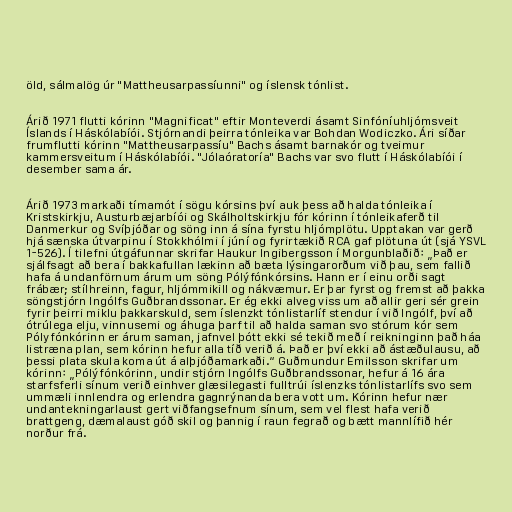
öld, sálmalög úr "Mattheusarpassíunni" og íslensk tónlist.

Árið 1971 flutti kórinn "Magnificat" eftir Monteverdi ásamt Sinfóníuhljómsveit
Íslands í Háskólabíói. Stjórnandi þeirra tónleika var Bohdan Wodiczko. Ári síðar
frumflutti kórinn "Mattheusarpassíu" Bachs ásamt barnakór og tveimur
kammersveitum í Háskólabíói. "Jólaóratoría" Bachs var svo flutt í Háskólabíói í
desember sama ár.

Árið 1973 markaði tímamót í sögu kórsins því auk þess að halda tónleika í
Kristskirkju, Austurbæjarbíói og Skálholtskirkju fór kórinn í tónleikaferð til
Danmerkur og Svíþjóðar og söng inn á sína fyrstu hljómplötu. Upptakan var gerð
hjá sænska útvarpinu í Stokkhólmi í júní og fyrirtækið RCA gaf plötuna út (sjá YSVL
1-526). Í tilefni útgáfunnar skrifar Haukur Ingibergsson í Morgunblaðið: „Það er
sjálfsagt að bera í bakkafullan lækinn að bæta lýsingarorðum við þau, sem fallið
hafa á undanförnum árum um söng Pólýfónkórsins. Hann er í einu orði sagt
frábær; stílhreinn, fagur, hljómmikill og nákvæmur. Er þar fyrst og fremst að þakka
söngstjórn Ingólfs Guðbrandssonar. Er ég ekki alveg viss um að allir geri sér grein
fyrir þeirri miklu þakkarskuld, sem íslenzkt tónlistarlíf stendur í við Ingólf, því að
ótrúlega elju, vinnusemi og áhuga þarf til að halda saman svo stórum kór sem
Pólyfónkórinn er árum saman, jafnvel þótt ekki sé tekið með í reikninginn það háa
listræna plan, sem kórinn hefur alla tíð verið á. Það er því ekki að ástæðulausu, að
þessi plata skula koma út á alþjóðamarkaði.“ Guðmundur Emilsson skrifar um
kórinn: „Pólýfónkórinn, undir stjórn Ingólfs Guðbrandssonar, hefur á 16 ára
starfsferli sínum verið einhver glæsilegasti fulltrúi íslenzks tónlistarlífs svo sem
ummæli innlendra og erlendra gagnrýnanda bera vott um. Kórinn hefur nær
undantekningarlaust gert viðfangsefnum sínum, sem vel flest hafa verið
brattgeng, dæmalaust góð skil og þannig í raun fegrað og bætt mannlífið hér
norður frá.